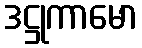
ဒဋ္ဌုကာမော